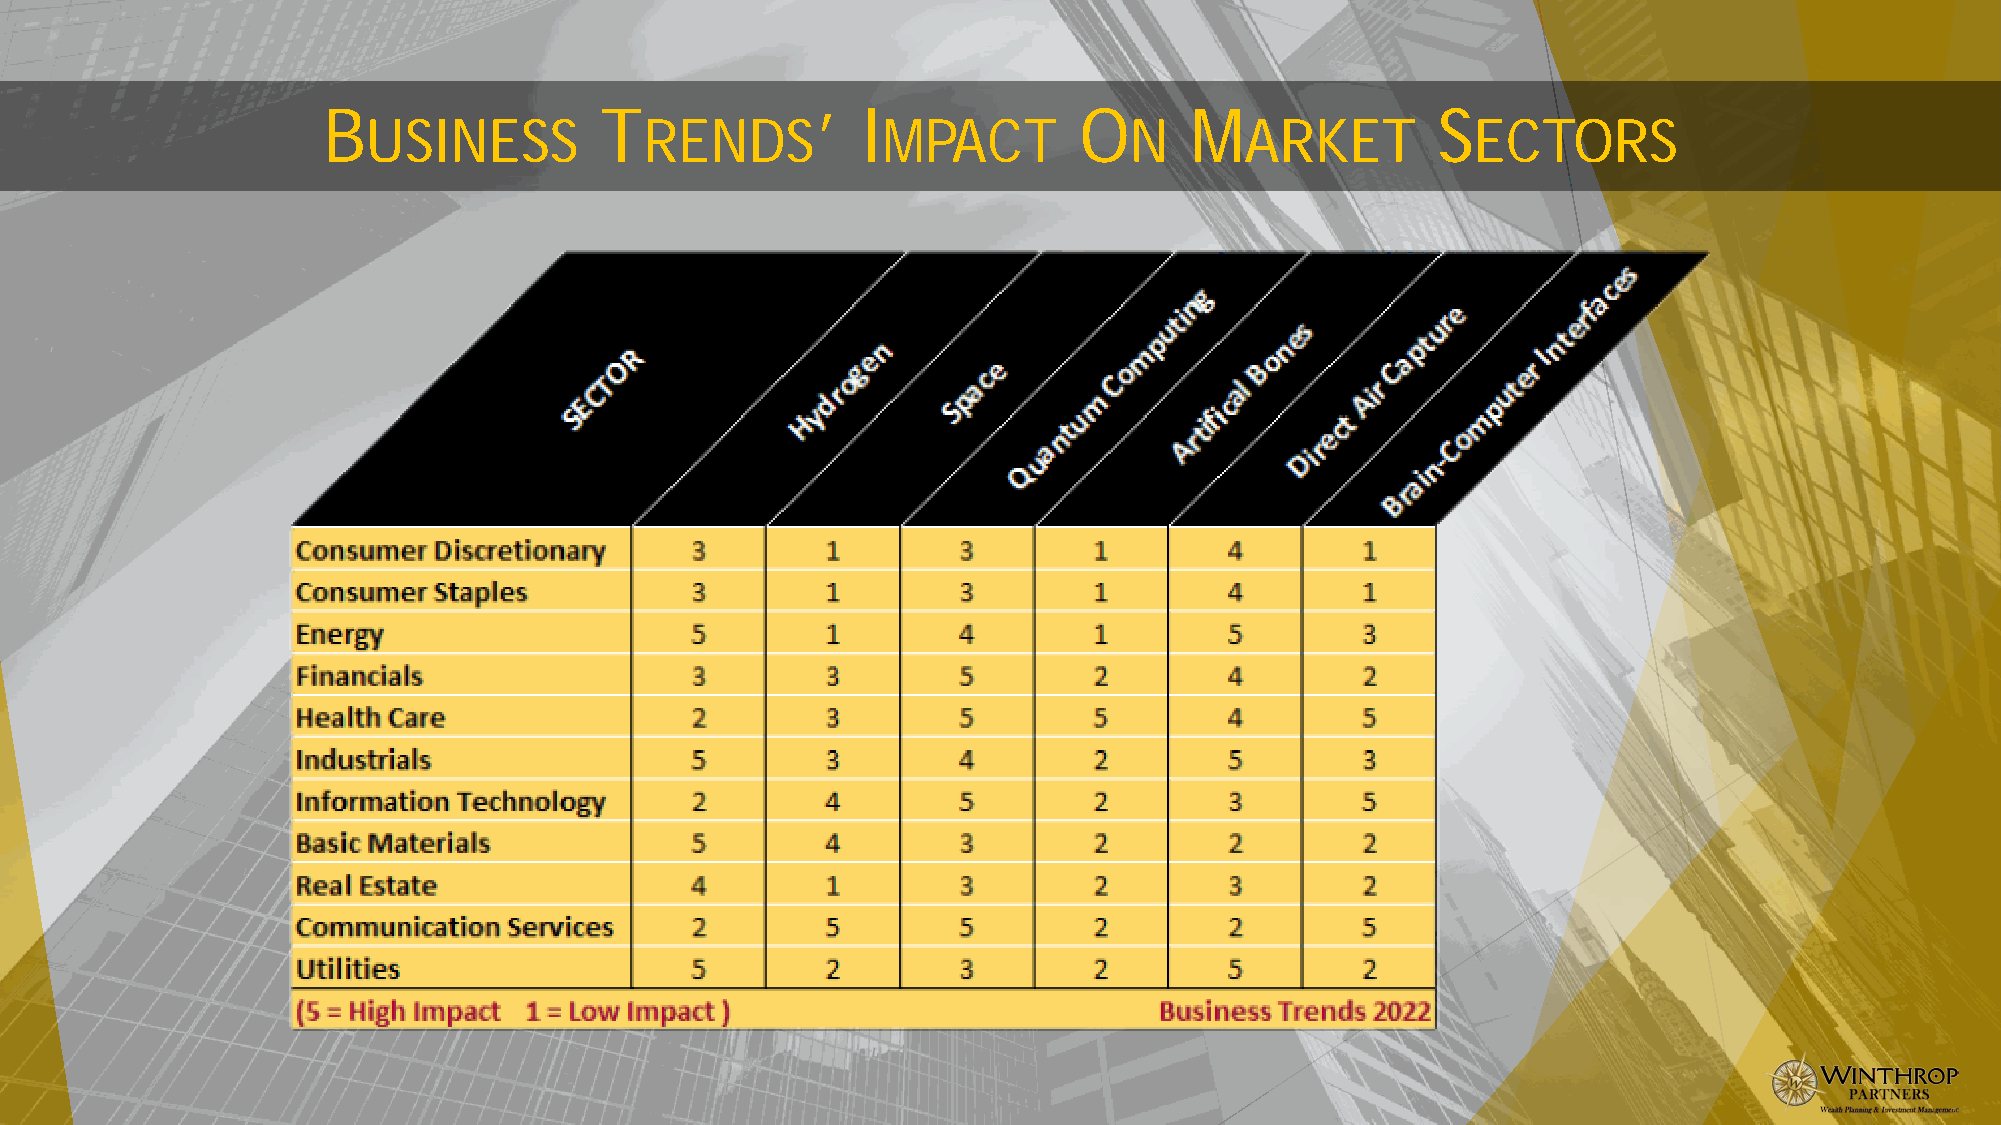
B                  T             ’  I             O       M               S
 USINESS            RENDS          MPACT            N      ARKET           ECTORS